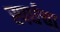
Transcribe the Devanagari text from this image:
स्पर्धचा